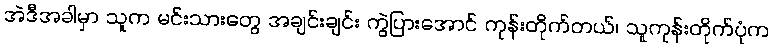
အဲဒီအခါမှာ သူက မင်းသားတွေ အချင်းချင်း ကွဲပြားအောင် ကုန်းတိုက်တယ်၊ သူကုန်းတိုက်ပုံက